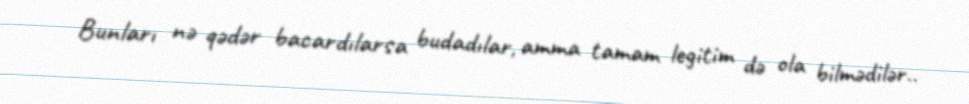
Bunları nə qədər bacardılarsa budadılar, amma tamam legitim də ola bilmədilər..